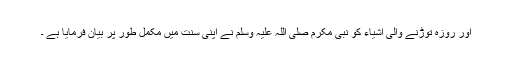
اور روزہ توڑنے والی اشیاء کو نبی مکرم صلی اللہ علیہ وسلم نے اپنی سنت میں مکمل طور پر بیان فرمایا ہے ۔